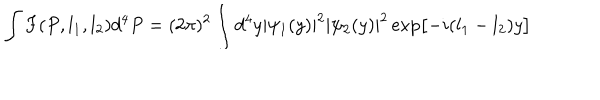
\int F ( P , l _ { 1 } , l _ { 2 } ) d ^ { 4 } P = ( 2 \pi ) ^ { 2 } \int d ^ { 4 } y | \psi _ { 1 } ( y ) | ^ { 2 } | \psi _ { 2 } ( y ) | ^ { 2 } \exp \bigl [ - i ( l _ { 1 } - l _ { 2 } ) y \bigr ]